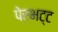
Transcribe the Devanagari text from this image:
पेरभट्ट